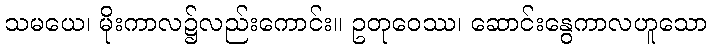
သမယေ၊ မိုးကာလ၌လည်းကောင်း။ ဥတုဝေဿ၊ ဆောင်းနွေကာလဟူသော